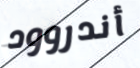
أندروود